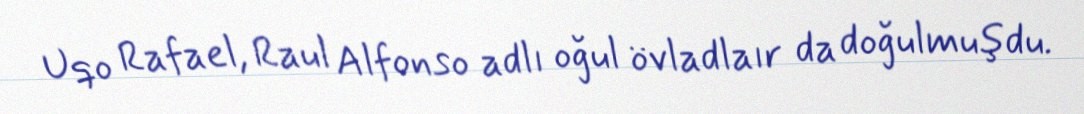
Uqo Rafael, Raul Alfonso adlı oğul övladlaır da doğulmuşdu.